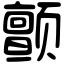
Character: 颤